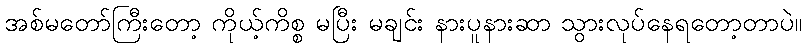
အစ်မတော်ကြီးတော့ ကိုယ့်ကိစ္စ မပြီး မချင်း နားပူနားဆာ သွားလုပ်နေရတော့တာပဲ။